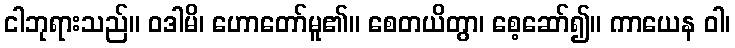
ငါဘုရားသည်။ ဝဒါမိ၊ ဟောတော်မူ၏။ စေတယိတွာ၊ စေ့ဆော်၍။ ကာယေန ဝါ၊